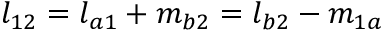
l _ { 1 2 } = l _ { a 1 } + m _ { b 2 } = l _ { b 2 } - m _ { 1 a }